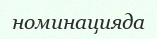
номинацияда